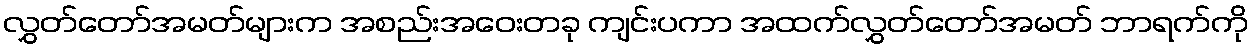
လွှတ်တော်အမတ်များက အစည်းအဝေးတခု ကျင်းပကာ အထက်လွှတ်တော်အမတ် ဘာရက်ကို